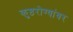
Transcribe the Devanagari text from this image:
कुष्ठरोग्यांवर